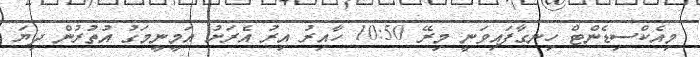
މިއެކްސިޑެންޓް ހިނގާފައިވަނީ މިރޭ 10:50 ހާއިރު އިރު އެރަށު އަމީނީމަގު އުތުރުން ދިޔަ